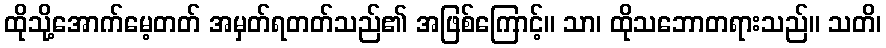
ထိုသို့အောက်မေ့တတ် အမှတ်ရတတ်သည်၏ အဖြစ်ကြောင့်။ သာ၊ ထိုသဘောတရားသည်။ သတိ၊